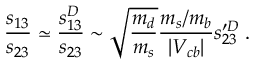
\frac { s _ { 1 3 } } { s _ { 2 3 } } \simeq \frac { s _ { 1 3 } ^ { D } } { s _ { 2 3 } } \sim \sqrt { \frac { m _ { d } } { m _ { s } } } \frac { m _ { s } / m _ { b } } { | V _ { c b } | } s _ { 2 3 } ^ { \prime D } \; .